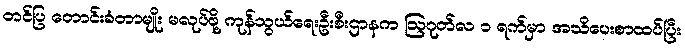
တင်ပြ တောင်းခံတာမျိုး မလုပ်ဖို့ ကုန်သွယ်ရေးဦးစီးဌာနက ဩဂုတ်လ ၁ ရက်မှာ အသိပေးစာထပ်ပြီး